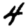
Digit: 4